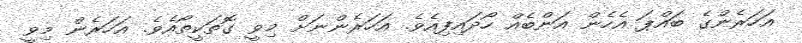
އަހަރެންގެ ބައްޕަ އެހެން އަންބެއް ހޯދައިފިއެވެ. އަހަރެންނަށް މިވީ ގޮތަކީތޯއެވެ. އަހަރެން މިވީ